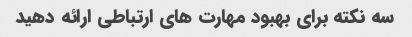
سه نکته برای بهبود مهارت های ارتباطی ارائه دهید